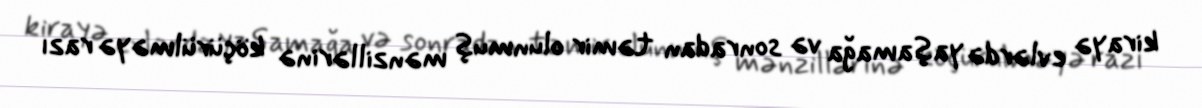
kirayə evlərdə yaşamağa və sonradan təmir olunmuş mənzillərinə köçürülməyə razı